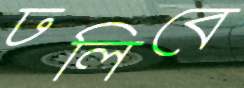
ঢলিবে